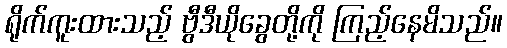
ရိုက်ကူးထားသည့် ဗွီဒီယိုခွေတို့ကို ကြည့်နေမိသည်။